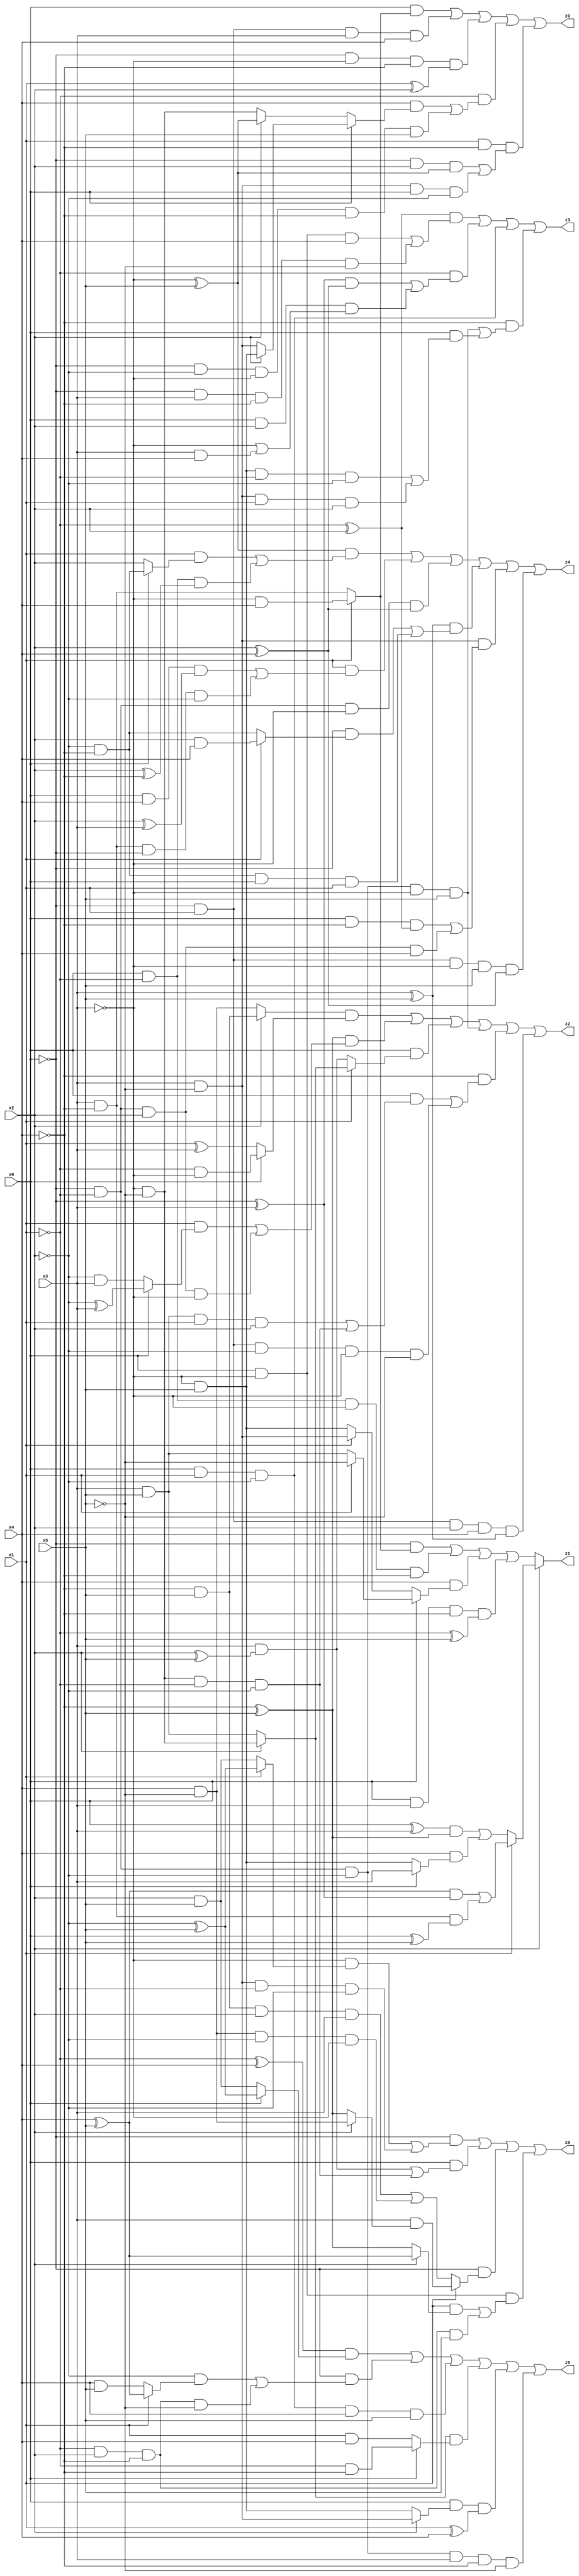
// Benchmark "X_47" written by ABC on Thu Jun 29 21:47:29 2023

module X_47 ( 
    x0, x1, x2, x3, x4, x5,
    z0, z1, z2, z3, z4, z5, z6  );
  input  x0, x1, x2, x3, x4, x5;
  output z0, z1, z2, z3, z4, z5, z6;
  assign z0 = (x0 & (x1 ? (~x3 & x4) : (x3 & ~x4))) | (~x0 & x1 & x3 & x4) | (~x0 & ~x3 & ~x4 & (x1 ^ x2)) | (~x1 & ((x4 & (x0 ? (x2 ? (~x3 & x5) : (x3 & ~x5)) : (x2 ? (~x3 ^ x5) : (~x3 & ~x5)))) | (~x0 & ~x2 & ~x3 & ~x4 & x5))) | (x1 & ~x4 & ((~x0 & x2 & (~x3 ^ x5)) | (x3 & ~x5 & x0 & ~x2)));
  assign z1 = x2 ? (x1 ? (((x4 ^ x5) & (~x0 ^ x3)) | (x3 & ~x4 & (x0 ^ x5))) : (((x0 ^ x3) & (~x4 ^ x5)) | (x4 & (x0 ? x3 : (~x3 & x5))))) : ((~x0 & (x1 ? (~x3 & x4) : (x3 & ~x4))) | (x0 & ~x1 & ~x3 & ~x4) | (x4 & (x0 ? (x1 ? ~x5 : (x3 & x5)) : (x1 ? (x3 & ~x5) : (~x3 & x5)))) | (x0 & x3 & ~x4 & (~x1 ^ x5)));
  assign z2 = ((x2 ? (~x4 & x5) : (x4 & ~x5)) & (x0 ? (~x1 & ~x3) : (x1 ^ x3))) | ((~x4 ^ x5) & ((x1 & (x0 ? (~x2 ^ x3) : (~x2 & x3))) | (~x0 & ~x1 & x2 & ~x3))) | (x0 & (x1 ? (x2 ? (~x3 & ~x5) : (x3 & x5)) : (x3 & (x2 ^ x5)))) | (~x0 & ~x1 & ~x2 & ~x3 & x5) | (~x4 & ((x0 & ((x3 & x5 & x1 & x2) | (~x3 & ~x5 & ~x1 & ~x2))) | (~x0 & x1 & ~x2 & ~x3 & ~x5))) | (~x0 & x1 & x2 & x4 & (x3 ^ x5));
  assign z3 = ((~x1 ^ x2) & ((x0 & ~x3 & x4) | (~x0 & x3 & ~x4 & ~x5))) | (~x1 & (((~x0 ^ x3) & (x2 ^ x4)) | (x0 & x2 & (~x3 | (x3 & x4))))) | (x0 & x1 & ~x2) | (~x4 & ((~x0 & ~x1 & ~x2 & ~x3 & x5) | (x0 & ((~x3 & x5 & ~x1 & ~x2) | (x3 & ~x5 & x1 & x2)))));
  assign z4 = ((~x3 ^ x5) & ((x1 & (x0 ? (~x2 & ~x4) : x2)) | (x0 & ~x1 & (x2 ^ ~x4)))) | (x1 & ((x0 & x4 & (x2 ^ x3)) | (x3 & ~x4 & ~x0 & ~x2))) | (~x0 & ~x1 & ~x3 & (x2 ^ x4)) | ((x3 ^ x5) & ((~x0 & (x1 ? (x2 & x4) : (~x2 & ~x4))) | (~x2 & ~x4 & x0 & x1))) | (x3 & ~x5 & ((x0 & ~x4 & (~x1 ^ x2)) | (~x0 & ~x1 & x2 & x4))) | (~x0 & x1 & ~x3 & x5 & (x2 ^ x4));
  assign z5 = ((~x1 ^ x4) & (x0 ? (~x2 ^ x5) : (x2 & x5))) | (~x0 & ((~x2 & (x1 ? (x4 ^ x5) : (x4 & x5))) | (~x1 & x2 & ~x4 & ~x5))) | (x0 & x1 & ~x2 & x4 & x5) | ((x2 ? (~x3 & ~x5) : (x3 & x5)) & (x0 ? (~x1 & ~x4) : (x1 & x4))) | (x0 & (x2 ? (x3 & ~x5) : (~x3 & x5)) & (x1 ^ x4)) | (~x0 & ~x1 & ~x2 & x3 & ~x4 & ~x5);
  assign z6 = (~x0 & ((~x3 & (x1 ? (~x2 ^ x5) : (x2 & x5))) | (x3 & ~x5 & ~x1 & ~x2))) | (x0 & ((x3 & (x2 ^ x5)) | (~x3 & ~x5 & ~x1 & ~x2))) | (~x0 & (x1 ? (x3 & (x2 ? (x4 & ~x5) : (~x4 ^ x5))) : ((~x4 & x5 & x2 & x3) | (x4 & ~x5 & ~x2 & ~x3)))) | (x0 & ~x3 & ((x1 & (x2 ? (x4 ^ x5) : (~x4 ^ x5))) | (~x1 & x2 & ~x4 & x5)));
endmodule